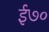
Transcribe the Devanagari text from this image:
ई७०